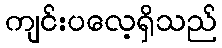
ကျင်းပလေ့ရှိသည်